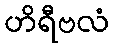
ဟိရီဗလံ